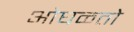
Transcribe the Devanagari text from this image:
ओघळतो